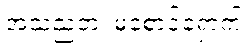
အသညတံ၊ မစောင့်ရှောက်